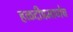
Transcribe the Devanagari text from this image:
हळदीप्रमाणेच